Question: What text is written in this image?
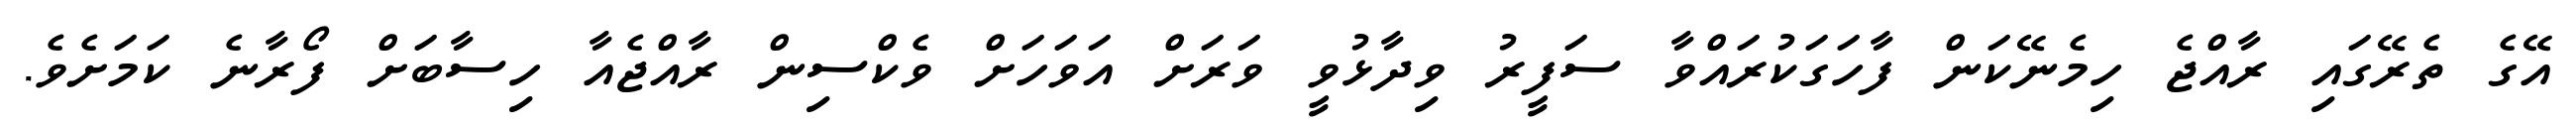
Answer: އޭގެ ތެރޭގައި ރާއްޖެ ހިމެނޭކަން ފާހަގަކުރައްވާ ސަފީރު ވިދާޅުވީ ވަރަށް އަވަހަށް ވެކްސިން ރާއްޖެއާ ހިސާބަށް ފޯރާނެ ކަމަށެވެ.